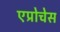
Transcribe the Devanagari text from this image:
एप्रोचेस